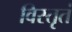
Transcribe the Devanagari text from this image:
विस्तृतं